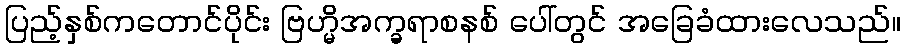
ပြည့်နှစ်ကတောင်ပိုင်း ဗြဟ္မိအက္ခရာစနစ် ပေါ်တွင် အခြေခံထားလေသည်။